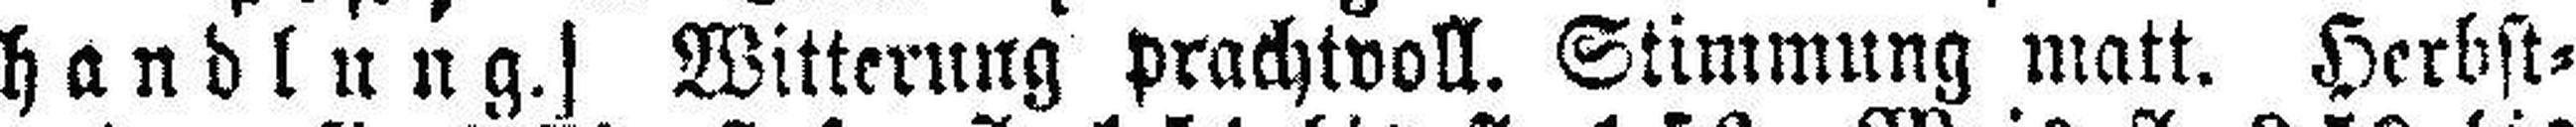
handlung.] Witterung prachtvoll. Stimmung matt. Herbst¬